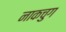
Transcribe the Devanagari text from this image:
नाकचुग